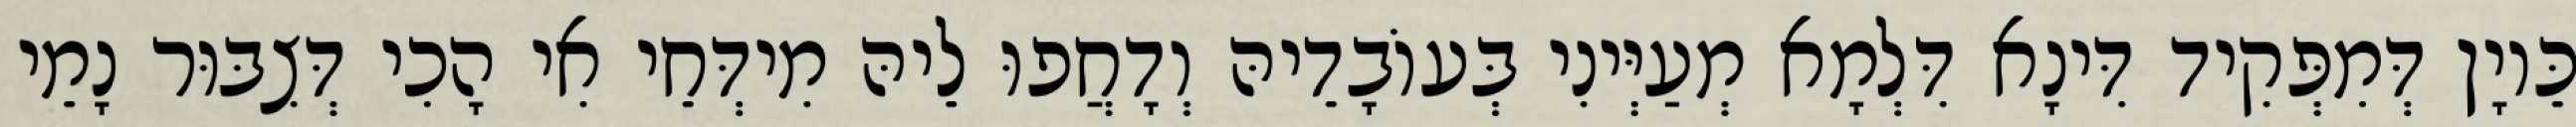
כֵּיוָן דְּמִפְּקִיד דִּינָא דִּלְמָא מְעַיְּינִי בְּעוֹבָדֵיהּ וְדָחֲפוּ לֵיהּ מִידְּחֵי אִי הָכִי דְּצִבּוּר נָמֵי